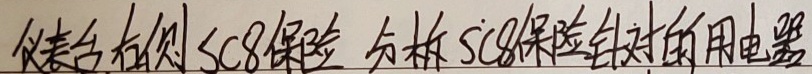
仪表台右侧SC8保险 分析SC8保险针对的用电器